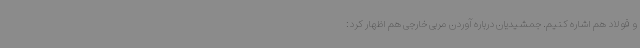
و فولاد هم اشاره کنیم. جمشیدیان درباره آوردن مربی خارجی هم اظهار کرد: